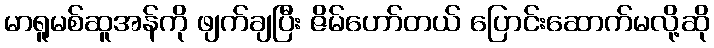
မာရူမစ်ဆူအန်ကို ဖျက်ချပြီး ဇိမ်ဟော်တယ် ပြောင်းဆောက်မလို့ဆို